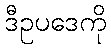
ဒီဥပဒေကို